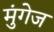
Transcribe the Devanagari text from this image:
मुंगेज